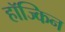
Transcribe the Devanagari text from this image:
हॉज्किन